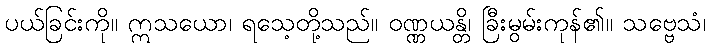
ပယ်ခြင်းကို။ ဣသယော၊ ရသေ့တို့သည်။ ဝဏ္ဏယန္တိ၊ ခြီးမွမ်းကုန်၏။ သဗ္ဗေသံ၊